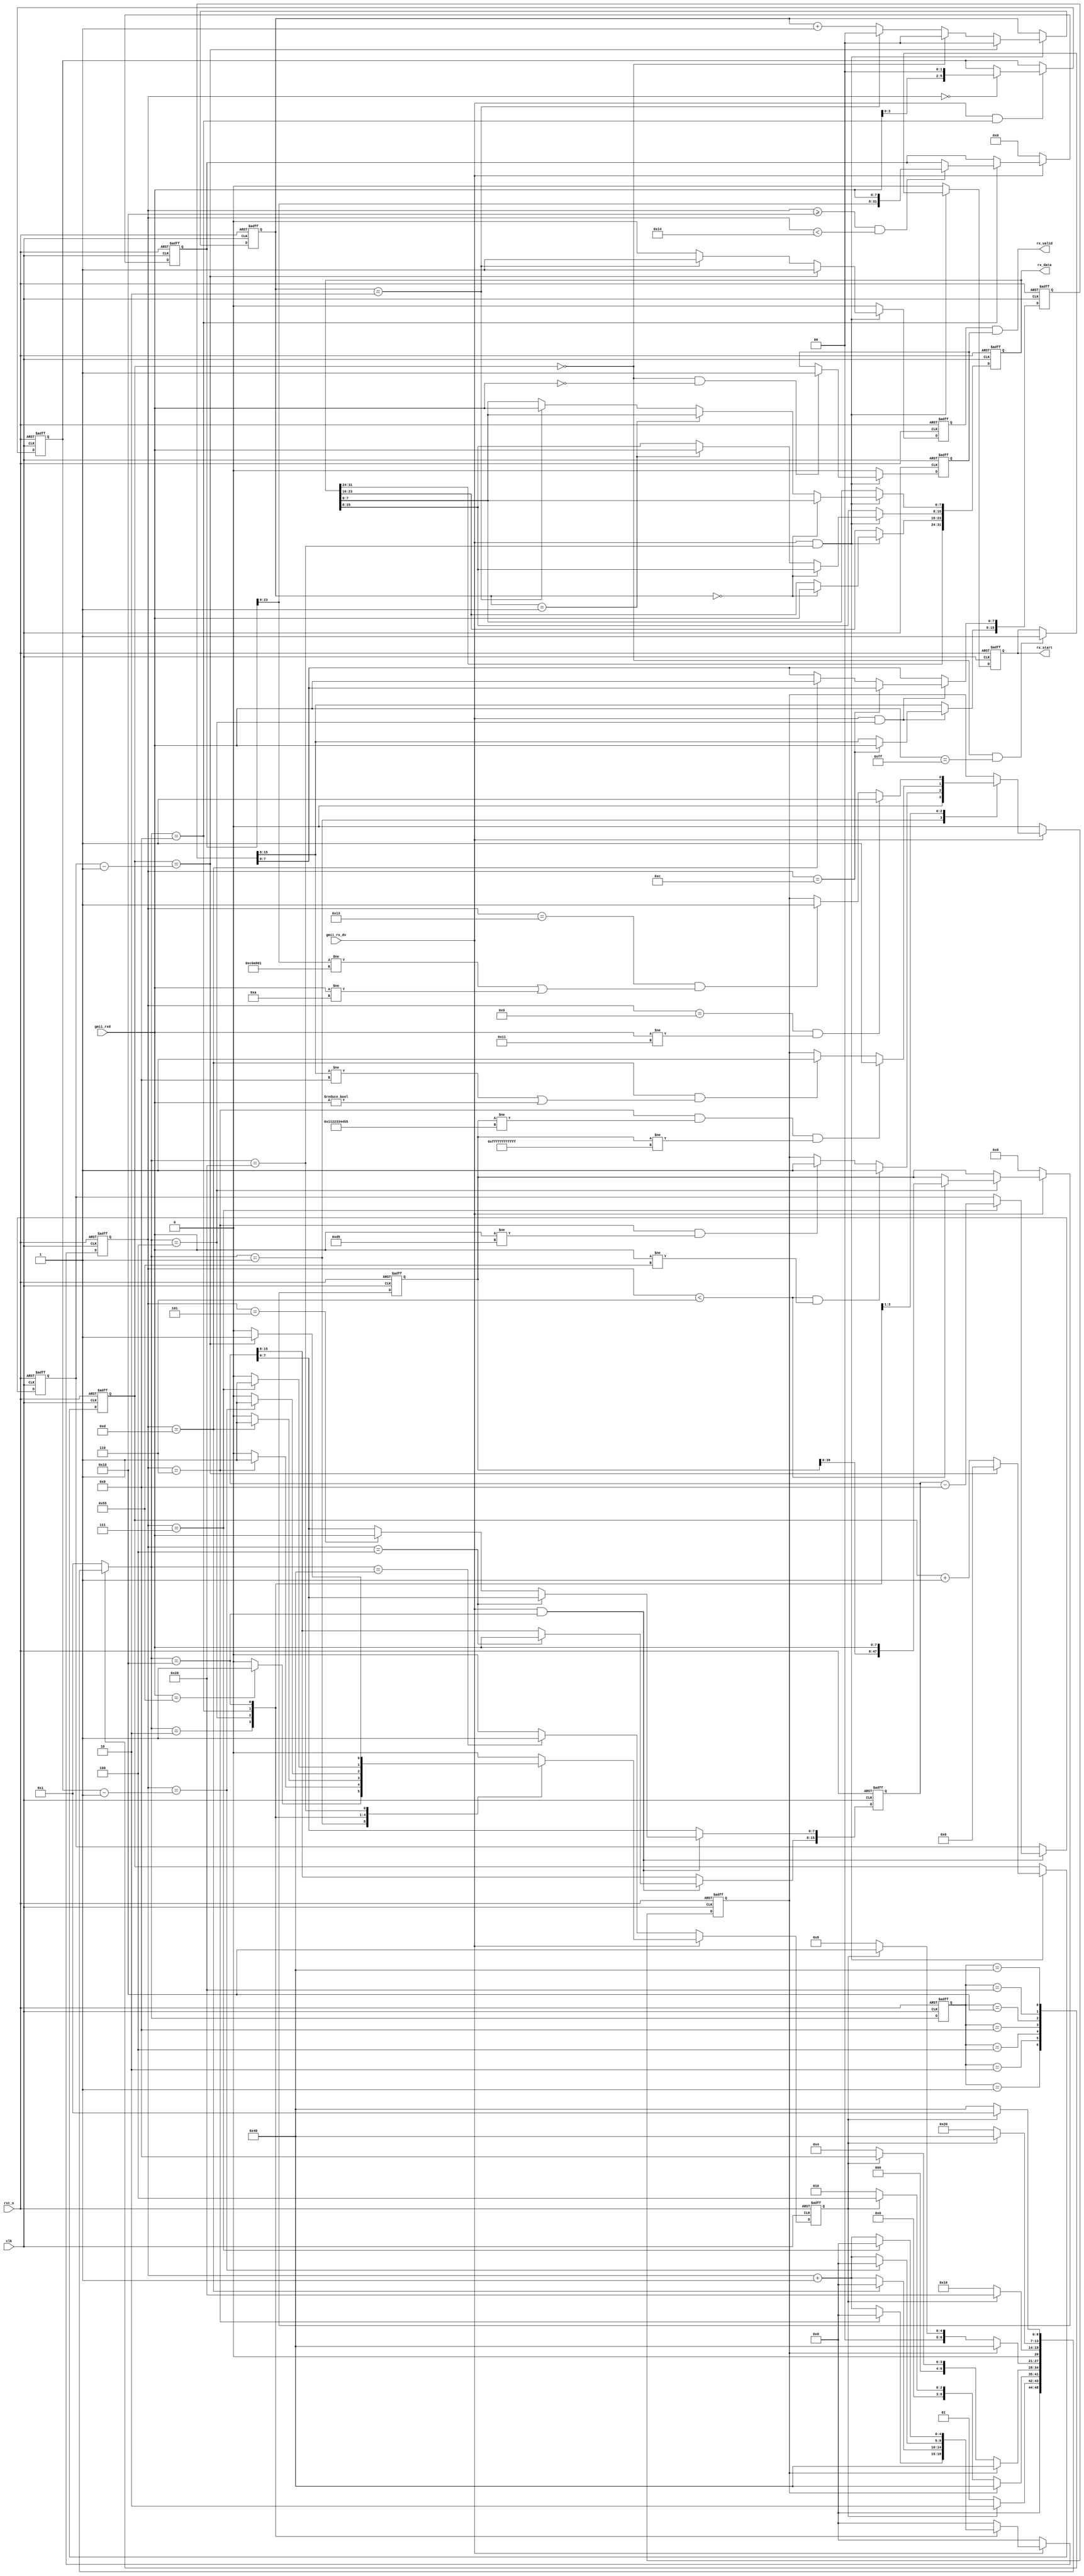
//************************************************
// Version      : v1.0
// Target Device: PANGO PGL50H
// Function     : 
//************************************************

module udp_rx #(
    parameter BOARD_MAC     = 48'h00_11_22_33_44_55         , //MAC 00-11-22-33-44-55
    parameter BOARD_IP      = {8'd192, 8'd168, 8'd1, 8'd10}   //IP 192.168.1.10
)(
    input   wire            clk         , // 
    input   wire            rst_n       , // 
    
    input   wire            gmii_rx_dv  , // GMII
    input   wire    [7:0]   gmii_rxd    , // GMII
    output  reg             rx_start    , // 
    output  wire            rx_valid    , // 
    output  reg     [31:0]  rx_data       // 
);

/*************************parameter**************************/
localparam CODE_PREAMBLE = 8'h55    ; // 78'h55
localparam CODE_SFD      = 8'hd5    ; // 
localparam ETH_TYPE      = 16'h0800 ; //  IP
localparam UDP_TYPE      = 8'd17    ; // UDP 
localparam ROW_VALID     = 8'h00    ; // 
localparam FRAME_SIGNAL  = 8'hff    ; // 

/****************************reg*****************************/
reg             skip_en         ; // 
reg             error_en        ; // 
reg     [ 4:0]  cnt             ; // 
reg     [15:0]  eth_type        ; // 
reg     [ 5:0]  ip_head_byte_num; // IP
reg     [15:0]  udp_byte_num    ; // UDP
reg     [15:0]  data_byte_num   ; // 
reg     [15:0]  data_cnt        ; // 
reg     [ 1:0]  rx_en_cnt       ; // 8bit24bit
reg             rx_en           ; // 24bit
reg             rx_success      ; // 

reg     [47:0]  r_des_mac       ; // MAC
reg     [31:0]  r_des_ip        ; // IP

/****************************wire****************************/


/********************combinational logic*********************/
assign rx_valid = rx_en && rx_success;

/****************************FSM*****************************/
reg     [6:0]   fsm_c   ;
reg     [6:0]   fsm_n   ;

localparam ST_IDLE      = 7'b000_0001; // 
localparam ST_PREAMBLE  = 7'b000_0010; //  
localparam ST_ETH_HEAD  = 7'b000_0100; // 
localparam ST_IP_HEAD   = 7'b000_1000; // IP
localparam ST_UDP_HEAD  = 7'b001_0000; // UDP
localparam ST_RX_DATA   = 7'b010_0000; // 
localparam ST_RX_END    = 7'b100_0000; // 

always@(posedge clk or negedge rst_n)
begin
    if(!rst_n)
        fsm_c <= ST_IDLE;
    else
        fsm_c <= fsm_n;
end

always@(*)
begin
    case(fsm_c)
        ST_IDLE:
            if(skip_en)
                fsm_n = ST_PREAMBLE;
            else
                fsm_n = ST_IDLE;
        ST_PREAMBLE:
            if(error_en)
                fsm_n = ST_RX_END;
            else if(skip_en)
                fsm_n = ST_ETH_HEAD;
            else
                fsm_n = ST_PREAMBLE;
        ST_ETH_HEAD:
            if(error_en)
                fsm_n = ST_RX_END;
            else if(skip_en)
                fsm_n = ST_IP_HEAD;
            else
                fsm_n = ST_ETH_HEAD;
        ST_IP_HEAD:
            if(error_en)
                fsm_n = ST_RX_END;
            else if(skip_en)
                fsm_n = ST_UDP_HEAD;
            else
                fsm_n = ST_IP_HEAD;
        ST_UDP_HEAD:
            if(skip_en)
                fsm_n = ST_RX_DATA;
            else
                fsm_n = ST_UDP_HEAD;
        ST_RX_DATA:
            if(skip_en)
                fsm_n = ST_RX_END;
            else
                fsm_n = ST_RX_DATA;
        ST_RX_END:
            if(skip_en)
                fsm_n = ST_IDLE;
            else
                fsm_n = ST_RX_END;
        default:
                fsm_n = ST_IDLE;
    endcase
end

/**************************process***************************/
always@(posedge clk or negedge rst_n)
begin
    if(!rst_n)
        skip_en <= 1'b0;
    else if(gmii_rx_dv)
        case(fsm_n)
            ST_IDLE:
                if(gmii_rxd == CODE_PREAMBLE)
                    skip_en <= 1'b1;
                else
                    skip_en <= 1'b0;
            ST_PREAMBLE:
                if(cnt == 5'd6)
                    skip_en <= 1'b1;
                else
                    skip_en <= 1'b0;
            ST_ETH_HEAD:
                if(cnt == 5'd13)
                    skip_en <= 1'b1;
                else
                    skip_en <= 1'b0;
            ST_IP_HEAD:
                if(cnt == ip_head_byte_num - 1'b1)
                    skip_en <= 1'b1;
                else
                    skip_en <= 1'b0;
            ST_UDP_HEAD:
                if(cnt == 5'd7)
                    skip_en <= 1'b1;
                else
                    skip_en <= 1'b0;
            ST_RX_DATA:
                if(data_cnt == data_byte_num - 1'b1)
                    skip_en <= 1'b1;
                else
                    skip_en <= 1'b0;
            default:
                    skip_en <= 1'b0;
        endcase
    else if(fsm_n == ST_RX_END)
                    skip_en <= 1'b1;
    else
                    skip_en <= 1'b0;
end

always@(posedge clk or negedge rst_n)
begin
    if(!rst_n)
        error_en <= 1'b0;
    else if(gmii_rx_dv)
        case(fsm_n)
            ST_IDLE:
                error_en <= 1'b0;
            ST_PREAMBLE:
                if((cnt < 5'd6) && (gmii_rxd != CODE_PREAMBLE))
                    error_en <= 1'b1;
                else if((cnt == 5'd6) && (gmii_rxd != CODE_SFD))
                    error_en <= 1'b1;
                else
                    error_en <= error_en;
            ST_ETH_HEAD:
                if((cnt == 5'd6) && (r_des_mac != BOARD_MAC) && (r_des_mac != 48'hff_ff_ff_ff_ff_ff)) //MACMAC
                    error_en <= 1'b1;
                else if((cnt == 5'd13) && ((eth_type[15:8] != ETH_TYPE[15:8]) || (gmii_rxd != ETH_TYPE[7:0]))) //UDP
                    error_en <= 1'b1;
                else
                    error_en <= error_en;
            ST_IP_HEAD:
                if((cnt == 5'd9) && (gmii_rxd != UDP_TYPE))
                    error_en <= 1'b1;
                else if((cnt == 5'd19) && ((r_des_ip[23:0] != BOARD_IP[31:8]) || (gmii_rxd != BOARD_IP[7:0])))
                    error_en <= 1'b1;
                else
                    error_en <= error_en;
            default:
                    error_en <= error_en;
        endcase
    else
        error_en <= 1'b0;
end

always@(posedge clk or negedge rst_n)
begin
    if(!rst_n)
        cnt <= 5'd0;
    else if(gmii_rx_dv)
        case(fsm_n)
            ST_PREAMBLE:
                if(cnt == 5'd6)
                    cnt <= 5'd0;
                else
                    cnt <= cnt + 1'b1;
            ST_ETH_HEAD:
                if(cnt == 5'd13)
                    cnt <= 5'd0;
                else
                    cnt <= cnt + 1'b1;
            ST_IP_HEAD:
                if(cnt == ip_head_byte_num - 1'b1)
                    cnt <= 5'd0;
                else
                    cnt <= cnt + 1'b1;
            ST_UDP_HEAD:
                if(cnt == 5'd7)
                    cnt <= 5'd0;
                else
                    cnt <= cnt + 1'b1;
            default:
                    cnt <= 5'd0;
        endcase
    else
        cnt <= 5'd0;
end

always@(posedge clk or negedge rst_n)
begin
    if(!rst_n)
        r_des_mac <= 48'd0;
    else if(gmii_rx_dv) // 
        case(fsm_n)
            ST_ETH_HEAD:
                if(cnt < 5'd6)
                    r_des_mac <= {r_des_mac[39:0], gmii_rxd};
                else
                    r_des_mac <= r_des_mac;
            default:
                    r_des_mac <= r_des_mac;
        endcase
    else
        r_des_mac <= 48'd0;
end

always@(posedge clk or negedge rst_n)
begin
    if(!rst_n)
        r_des_ip <= 32'd0;
    else if(gmii_rx_dv) // 
        case(fsm_n)
            ST_IP_HEAD:
                if((cnt >= 5'd16) && (cnt < 5'd20))
                    r_des_ip <= {r_des_ip[23:0], gmii_rxd};
                else
                    r_des_ip <= r_des_ip;
            default:
                    r_des_ip <= r_des_ip;
        endcase
    else
        r_des_ip <= 32'd0;
end

always@(posedge clk or negedge rst_n)
begin
    if(!rst_n)
        eth_type <= 16'd0;
    else if(gmii_rx_dv && (fsm_n == ST_ETH_HEAD))
        if(cnt == 5'd12)
            eth_type[15:8] <= gmii_rxd;
        else if(cnt == 5'd13)
            eth_type[7:0]  <= gmii_rxd;
        else
            eth_type <= eth_type;
    else
        eth_type <= eth_type;
end

always@(posedge clk or negedge rst_n)
begin
    if(!rst_n)
        ip_head_byte_num <= 6'd0;
    else if(gmii_rx_dv && (fsm_n == ST_IP_HEAD))
        if(cnt == 5'd0)
            ip_head_byte_num <= {gmii_rxd[3:0], 2'd0};
        else
            ip_head_byte_num <= ip_head_byte_num;
    else
        ip_head_byte_num <= ip_head_byte_num;
end

always@(posedge clk or negedge rst_n)
begin
    if(!rst_n)
        udp_byte_num <= 16'd0;
    else if(gmii_rx_dv && (fsm_n == ST_UDP_HEAD))
        if(cnt == 5'd4)
            udp_byte_num[15:8] <= gmii_rxd;
        else if(cnt == 5'd5)
            udp_byte_num[7:0]  <= gmii_rxd;
        else
            udp_byte_num <= udp_byte_num;
    else
            udp_byte_num <= udp_byte_num;
end

always@(posedge clk or negedge rst_n)
begin
    if(!rst_n)
        data_byte_num <= 16'd0;
    else if(gmii_rx_dv && (fsm_n == ST_UDP_HEAD))
        if(cnt == 5'd7)
            data_byte_num <= udp_byte_num - 16'd8;
        else
            data_byte_num <= data_byte_num;
    else
            data_byte_num <= data_byte_num;
end

always@(posedge clk or negedge rst_n)
begin
    if(!rst_n)
        data_cnt <= 16'd0;
    else if(gmii_rx_dv && (fsm_n == ST_RX_DATA))
        if(data_cnt == data_byte_num - 1'b1)
            data_cnt <= 16'd0;
        else
            data_cnt <= data_cnt + 1'b1;
    else
            data_cnt <= data_cnt;
end

always@(posedge clk or negedge rst_n)
begin
    if(!rst_n)
        rx_en_cnt <= 2'd0;
    else if(gmii_rx_dv && (fsm_n == ST_RX_DATA))
        if(data_cnt == data_byte_num - 1'b1)
            rx_en_cnt <= 2'd0;
        else if(data_cnt == 16'd0)
            rx_en_cnt <= 2'd0;
        else if(rx_en_cnt == 2'd2)
            rx_en_cnt <= 2'd0;
        else
            rx_en_cnt <= rx_en_cnt + 1'b1;
    else
            rx_en_cnt <= rx_en_cnt;
end

always@(posedge clk or negedge rst_n)
begin
    if(!rst_n)
        rx_en <= 1'b0;
    else if(gmii_rx_dv && (fsm_n == ST_RX_DATA))
        if(data_cnt == data_byte_num - 1'b1)
            rx_en <= 1'b1;
        else if(rx_en_cnt == 2'd2)
            rx_en <= 1'b1;
        else
            rx_en <= 1'b0;
    else
            rx_en <= 1'b0;
end

always@(posedge clk or negedge rst_n)
begin
    if(!rst_n)
        rx_success <= 1'b0;
    else if(gmii_rx_dv && (fsm_n == ST_RX_DATA))
        if((data_cnt == 16'd0) && (gmii_rxd == ROW_VALID))
            rx_success <= 1'b1;
        else
            rx_success <= rx_success;
    else
        rx_success <= 1'b0;
end

always@(posedge clk or negedge rst_n)
begin
    if(!rst_n)
        rx_data <= 32'd0;
    else if(gmii_rx_dv && (fsm_n == ST_RX_DATA))
        if(rx_en_cnt == 2'd0)
            rx_data[23:16] <= gmii_rxd;
        else if(rx_en_cnt == 2'd1)
            rx_data[15: 8] <= gmii_rxd;
        else if(rx_en_cnt == 2'd2)
            rx_data[ 7: 0] <= gmii_rxd;
        else
            rx_data <= rx_data;
    else
            rx_data <= rx_data;
end

always@(posedge clk or negedge rst_n)
begin
    if(!rst_n)
        rx_start <= 1'b0;
    else if(gmii_rx_dv && (fsm_n == ST_RX_DATA))
        if((data_cnt == 16'd0) && (gmii_rxd == FRAME_SIGNAL))
            rx_start <= 1'b1;
        else
            rx_start <= rx_start;
    else
        rx_start <= 1'b0;
end

/*---------------------------------------------------*/


endmodule